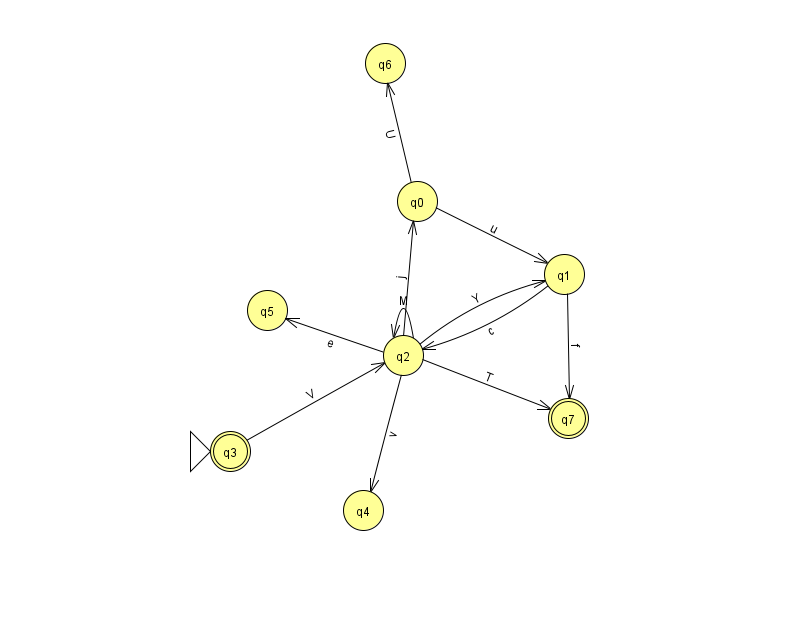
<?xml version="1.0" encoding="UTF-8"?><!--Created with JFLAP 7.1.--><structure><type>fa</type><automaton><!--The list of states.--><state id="0" name="q0"><x>417.0</x><y>188.0</y></state><state id="1" name="q1"><x>564.0</x><y>261.0</y></state><state id="2" name="q2"><x>403.0</x><y>342.0</y></state><state id="3" name="q3"><x>230.0</x><y>438.0</y><initial/><final/></state><state id="4" name="q4"><x>363.0</x><y>497.0</y></state><state id="5" name="q5"><x>267.0</x><y>297.0</y></state><state id="6" name="q6"><x>385.0</x><y>50.0</y></state><state id="7" name="q7"><x>568.0</x><y>405.0</y><final/></state><!--The list of transitions.--><transition><from>2</from><to>7</to><read>T</read></transition><transition><from>3</from><to>2</to><read>V</read></transition><transition><from>0</from><to>6</to><read>U</read></transition><transition><from>2</from><to>1</to><read>Y</read></transition><transition><from>2</from><to>4</to><read>v</read></transition><transition><from>1</from><to>2</to><read>c</read></transition><transition><from>1</from><to>7</to><read>f</read></transition><transition><from>2</from><to>2</to><read>M</read></transition><transition><from>0</from><to>1</to><read>u</read></transition><transition><from>2</from><to>0</to><read>j</read></transition><transition><from>2</from><to>5</to><read>e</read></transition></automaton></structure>